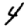
Digit: 4